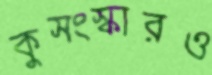
কুসংস্কারও